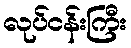
လုပ်ငန်းကြီး